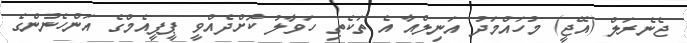
ޖެނެރަލް (އޭޖީ) މުހައްމަދު އަނިލްއާ އެ ތަކެތި ހަވާލު ކޮށްދެއްވީ ޕީޕީއެމްގެ އަންހެނުންގެ